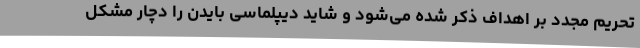
تحریم مجدد بر اهداف ذکر شده می‌شود و شاید دیپلماسی بایدن را دچار مشکل